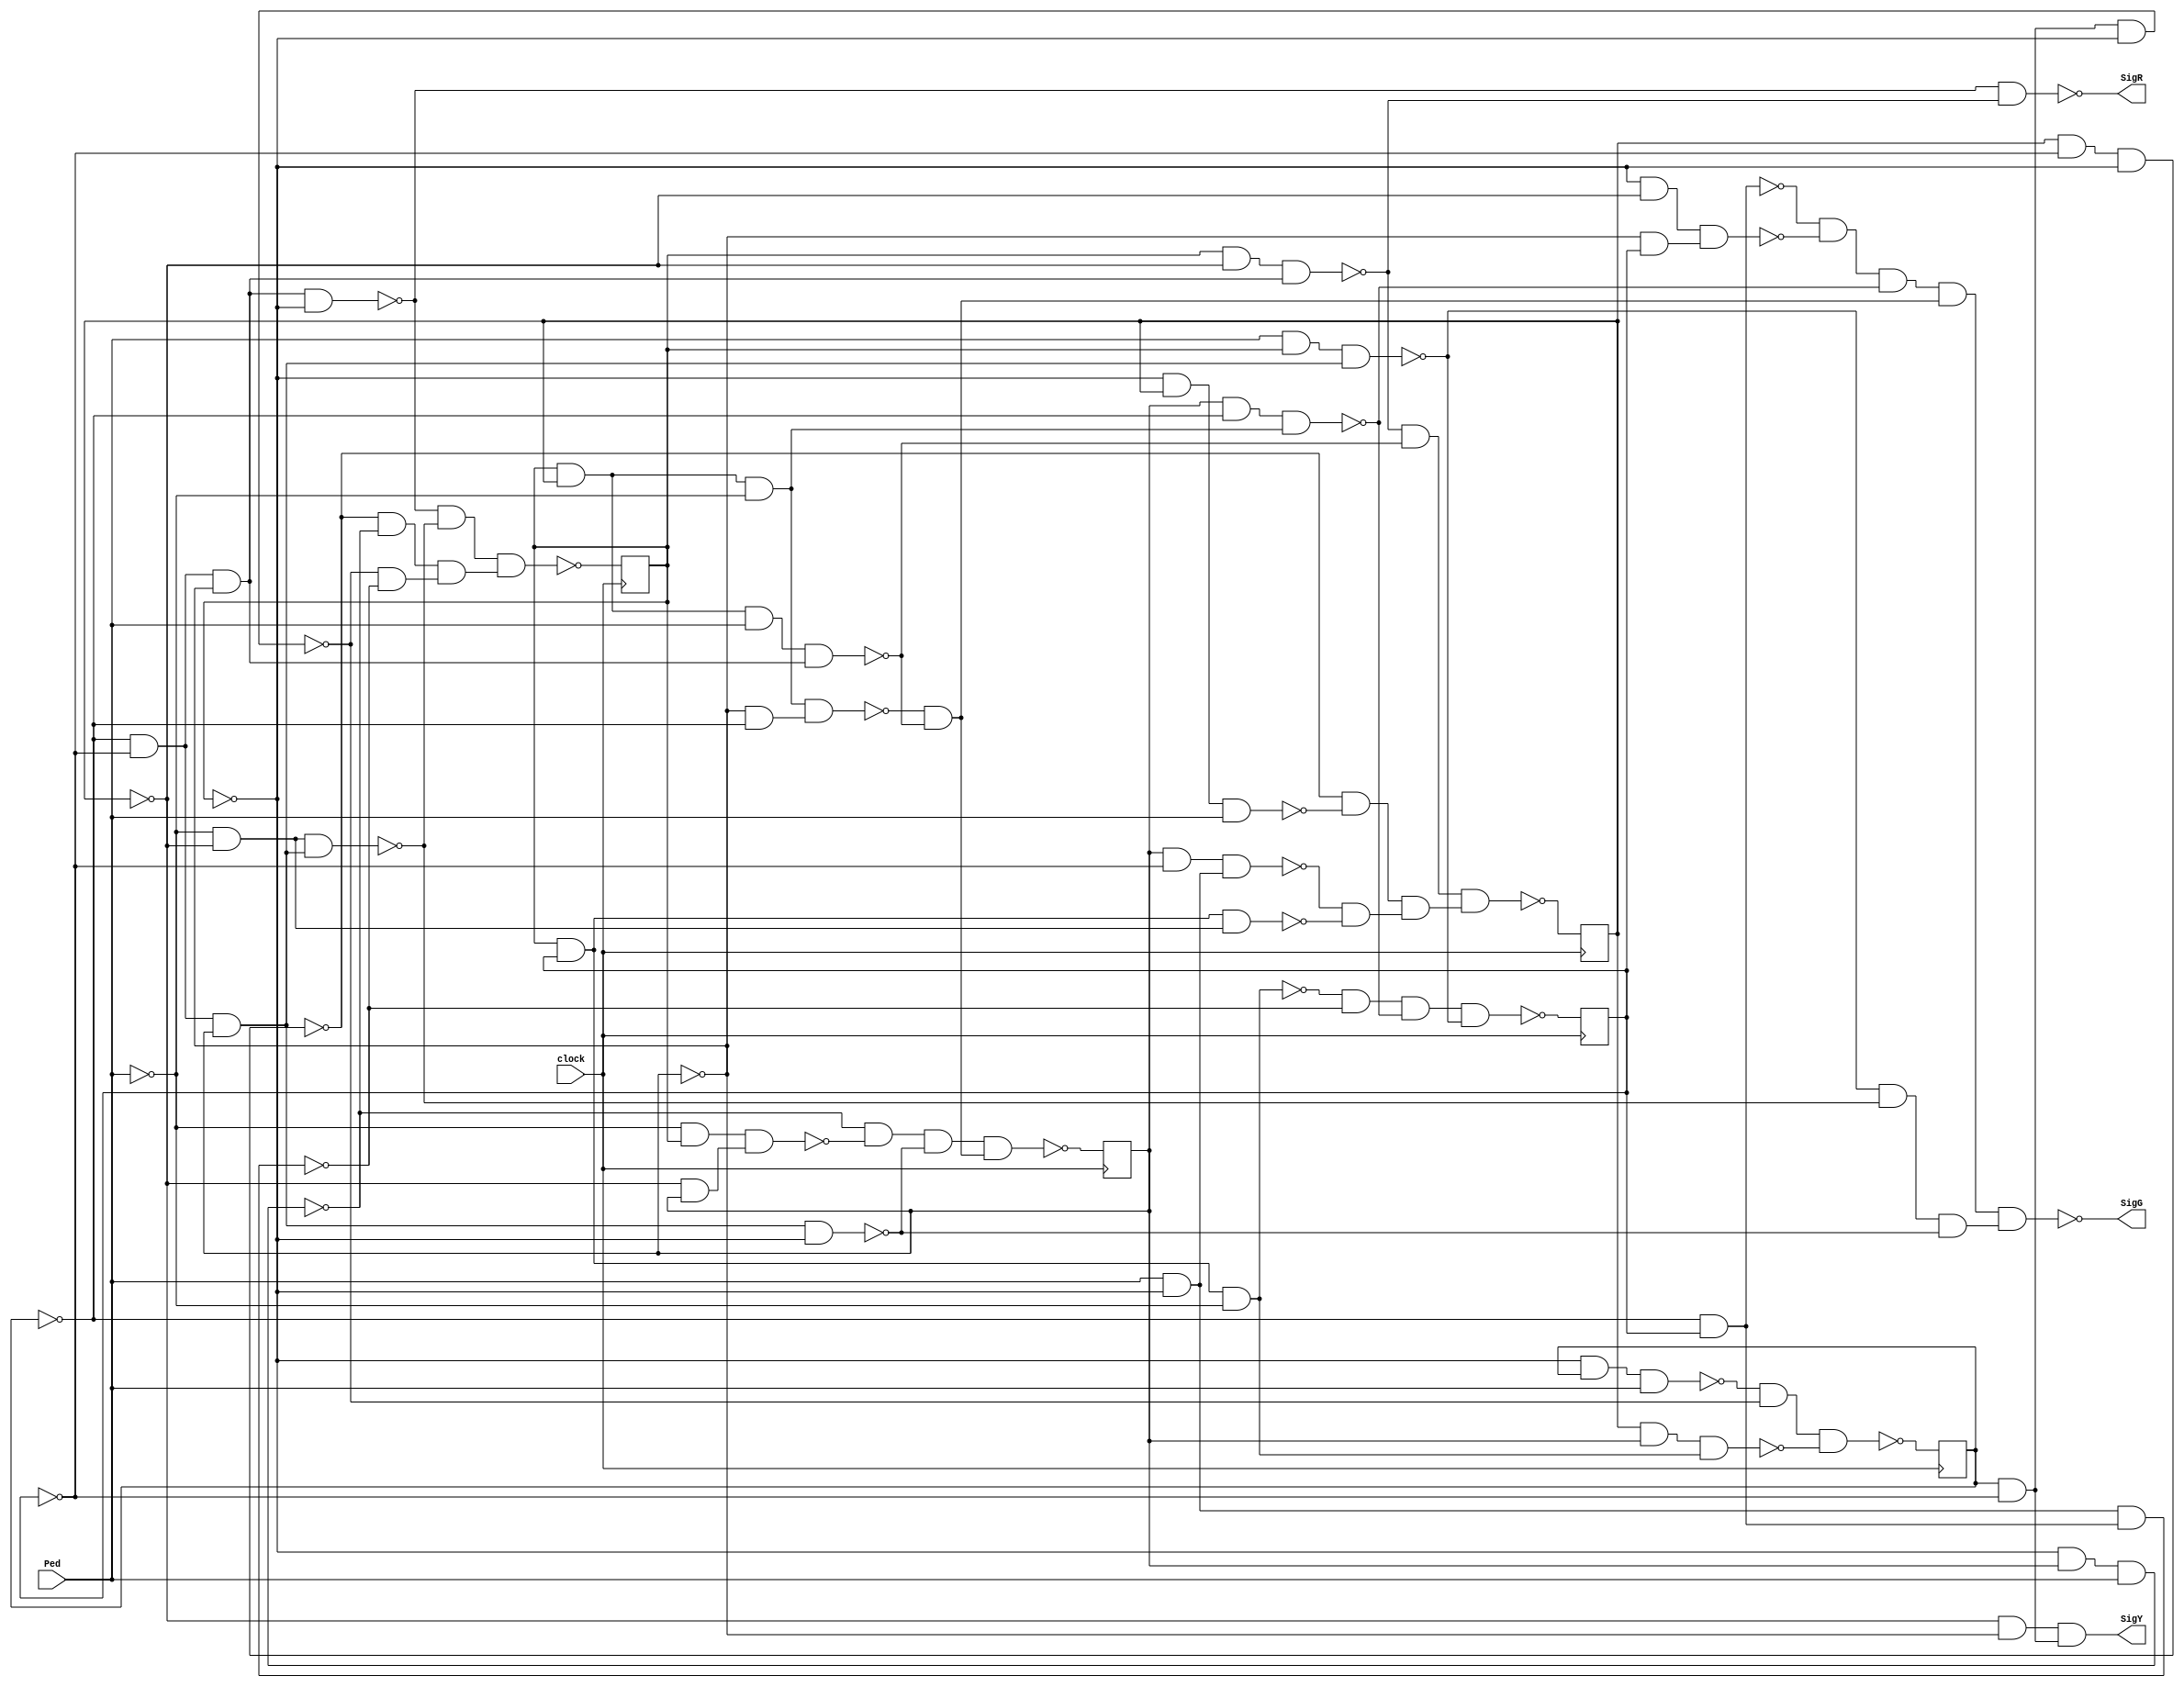
module stoplight2(Ped,clock,SigG,SigY,SigR);
input Ped,clock;
reg S4,S3,S2,S1,S0;
output SigG,SigY,SigR;
wire n15,n16,n17,n18,n19,n20,n21,n22,n23,n24,n25,n26,n27,n28,n29,n30,n31,n32,n33,n34,n35,n36,n37,n38,n39,n40,n41,n42,n43,n44,n45,n46,n47,n48,n49,n50,n51,n52,n53,n54,n55,n57,n58,n60,n61,n62,n63,n64,n65,n67,n68,n69,n70,n71,n72,n73,n74,n75,n77,n78,n79,n80,n81,n82,n83,n84,n85,n86,n88,n89,n90,n91,n92,n93,n94,n95,n96,n97,n99,n100,n101,n102,n103,n104,n105,n106,n107,n108,n109,n110,n111,n112,n113,n114,n116,n117,n118,n119,n120,NS4,NS3,NS2,NS1,NS0;
not g0(n15,S0);
not g1(n16,S4);
not g2(n17,S3);
and g3(n18,n17,n16);
and g4(n19,n18,S2);
and g5(n20,n19,n15);
not g6(n21,n20);
not g7(n22,S1);
not g8(n23,Ped);
and g9(n24,n23,n22);
and g10(n25,n24,n19);
not g11(n26,n25);
and g12(n27,Ped,S0);
and g13(n28,n27,n19);
not g14(n29,n28);
and g15(n30,n29,n26);
and g16(n31,n30,n21);
not g17(n32,S2);
and g18(n33,n18,n32);
and g19(n34,S0,S1);
and g20(n35,n34,Ped);
and g21(n36,n35,n33);
not g22(n37,n36);
and g23(n38,n32,n17);
and g24(n39,n34,n23);
and g25(n40,n39,n38);
not g26(n41,n40);
and g27(n42,n41,n37);
and g28(n43,S2,n17);
and g29(n44,n43,n39);
not g30(n45,n44);
and g31(n46,n32,S4);
and g32(n47,n15,n22);
and g33(n48,n47,n46);
not g34(n49,n48);
and g35(n50,n17,S4);
not g36(n51,n50);
and g37(n52,n51,n49);
and g38(n53,n52,n45);
and g39(n54,n53,n42);
and g40(n55,n54,n31);
not g41(SigG,n55);
and g42(n57,S3,n16);
and g43(n58,n22,n32);
and g44(SigY,n58,n57);
and g45(n60,S0,n22);
and g46(n61,n60,n33);
not g47(n62,n61);
and g48(n63,n33,n15);
not g49(n64,n63);
and g50(n65,n64,n62);
not g51(SigR,n65);
and g52(n67,Ped,n15);
and g53(n68,n67,n50);
not g54(n69,n68);
and g55(n70,S0,S4);
and g56(n71,n70,n23);
not g57(n72,n71);
and g58(n73,n72,n69);
and g59(n74,n73,n45);
and g60(n75,n74,n29);
not g61(NS4,n75);
and g62(n77,S1,S2);
and g63(n78,n77,n71);
not g64(n79,n78);
and g65(n80,n57,n15);
not g66(n81,n80);
and g67(n82,n15,S3);
and g68(n83,n82,Ped);
not g69(n84,n83);
and g70(n85,n84,n81);
and g71(n86,n85,n79);
not g72(NS3,n86);
and g73(n88,n22,S2);
and g74(n89,n23,S0);
and g75(n90,n89,n88);
not g76(n91,n90);
and g77(n92,n15,S2);
and g78(n93,n92,Ped);
not g79(n94,n93);
and g80(n95,n94,n91);
and g81(n96,n95,n21);
and g82(n97,n96,n42);
not g83(NS2,n97);
and g84(n99,n70,n24);
not g85(n100,n99);
and g86(n101,S2,n16);
and g87(n102,n101,n67);
not g88(n103,n102);
and g89(n104,n103,n100);
and g90(n105,n15,S1);
and g91(n106,n105,Ped);
not g92(n107,n106);
and g93(n108,S1,n16);
and g94(n109,n108,n15);
not g95(n110,n109);
and g96(n111,n110,n107);
and g97(n112,n111,n104);
and g98(n113,n62,n37);
and g99(n114,n113,n112);
not g100(NS1,n114);
and g101(n116,n81,n69);
and g102(n117,n110,n94);
and g103(n118,n117,n116);
and g104(n119,n64,n26);
and g105(n120,n119,n118);
not g106(NS0,n120);
always @(posedge clock) begin
S4<=NS4;
S3<=NS3;
S2<=NS2;
S1<=NS1;
S0<=NS0;
end
endmodule
//State:01000